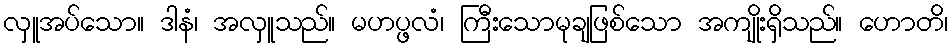
လှူအပ်သော။ ဒါနံ၊ အလှူသည်။ မဟပ္ဖလံ၊ ကြီးသောမုချဖြစ်သော အကျိုးရှိသည်။ ဟောတိ၊